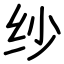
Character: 纱